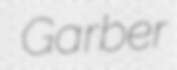
Garber